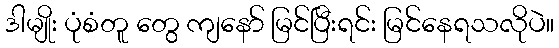
ဒါမျိုး ပုံစံတူ တွေ ကျနော် မြင်ပြီးရင်း မြင်နေရသလိုပဲ။